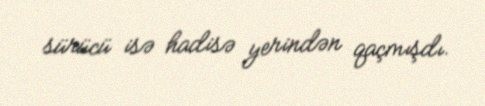
sürücü isə hadisə yerindən qaçmışdı.